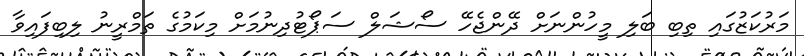
މަރުކަޒުގައި ތިބި ބަލި މީހުންނަށް ދޭންޖެހޭ ސޯޝަލް ސަޕޯޓުދިނުމަށް މިކަމުގެ ތަމްރީނު ލިބިފައިވާ